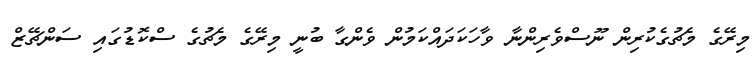
މިރޭގެ މެޗުގެކުރިން ނޫސްވެރިންނާ ވާހަކަދައްކަމުން ވެންގާ ބުނީ މިރޭގެ މެޗުގެ ސްކޮޑުގައި ސަންޗޭޒް